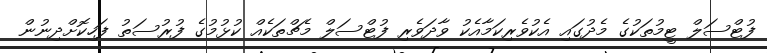
ފުޓްސަލް ޓީމުތަކުގެ މެދުގައި އެކުވެރިކަމާއެކު ވާދަވެރި ފުޓްސަލް މެޗްތަކެއް ކުޅުމުގެ ފުރުސަތު ފަހިކޮށްދިނުން